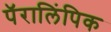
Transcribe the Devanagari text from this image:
पॅरालिंपिक